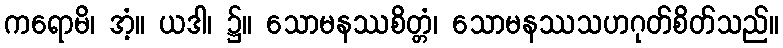
ကရောမိ၊ အံ့။ ယဒါ၊ ၌။ သောမနဿစိတ္တံ၊ သောမနဿသဟဂုတ်စိတ်သည်။